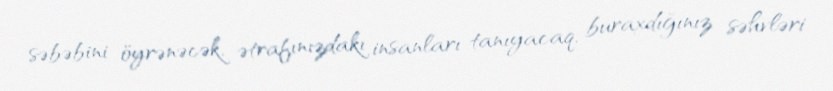
səbəbini öyrənəcək, ətrafınızdakı insanları tanıyacaq, buraxdığınız səhvləri